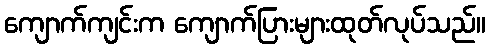
ကျောက်ကျင်းက ကျောက်ပြားများထုတ်လုပ်သည်။